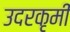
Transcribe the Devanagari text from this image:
उदरकृमी